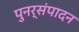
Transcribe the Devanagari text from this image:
पुनर्संपादन